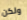
ولكن